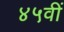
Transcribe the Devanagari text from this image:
४५वीं